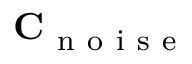
\mathbf { C } _ { \mathrm { ~ n ~ o ~ i ~ s ~ e ~ } }